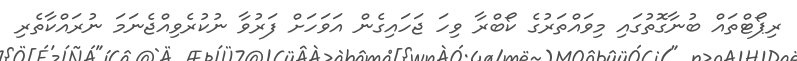
ރިޕޯޓްތައް ބުނާގޮތުގައި މިވައްތަރުގެ ކޯބްރާ ވިހަ ޖަހައިގެން އަވަހަށް ފަރުވާ ނުކުރެވިއްޖެނަމަ ނުރައްކާތެރި